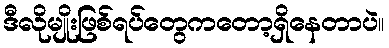
ဒီလိုမျိုးဖြစ်ရပ်တွေကတော့ရှိနေတာပဲ။